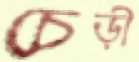
চেড়ী